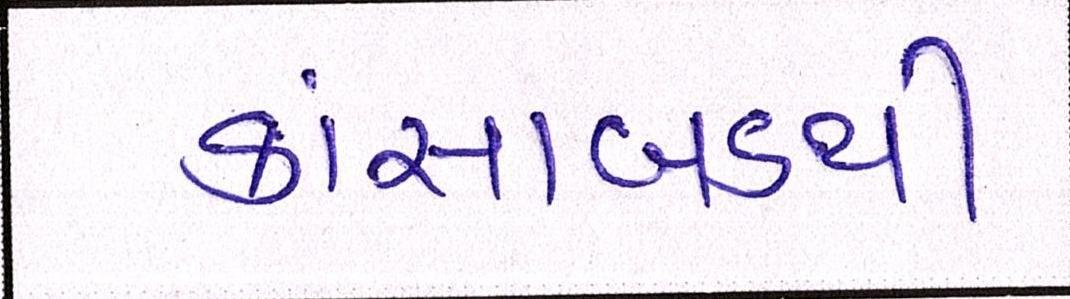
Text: કાંસાબડથી